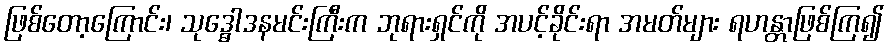
ဖြစ်တော့ကြောင်း၊ သုဒ္ဓေါဒနမင်းကြီးက ဘုရားရှင်ကို အပင့်ခိုင်းရာ အမတ်များ ရဟန္တာဖြစ်ကြ၍